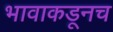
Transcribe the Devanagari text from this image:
भावाकडूनच